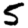
Digit: 5